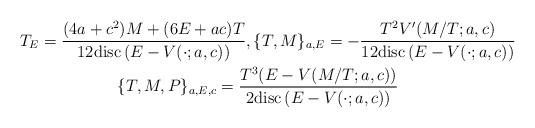
\begin{align*}&T_E=\frac{(4a+c^2)M+(6E+ac)T}{12{\rm disc}\left(E-V(\cdot;a,c)\right)},\{T,M\}_{a,E}=-\frac{T^2V'(M/T;a,c)}{12{\rm disc}\left(E-V(\cdot;a,c)\right)}\\&\qquad\qquad\qquad\{T,M,P\}_{a,E,c}=\frac{T^3(E-V(M/T;a,c))}{2{\rm disc}\left(E-V(\cdot;a,c)\right)}\\\end{align*}